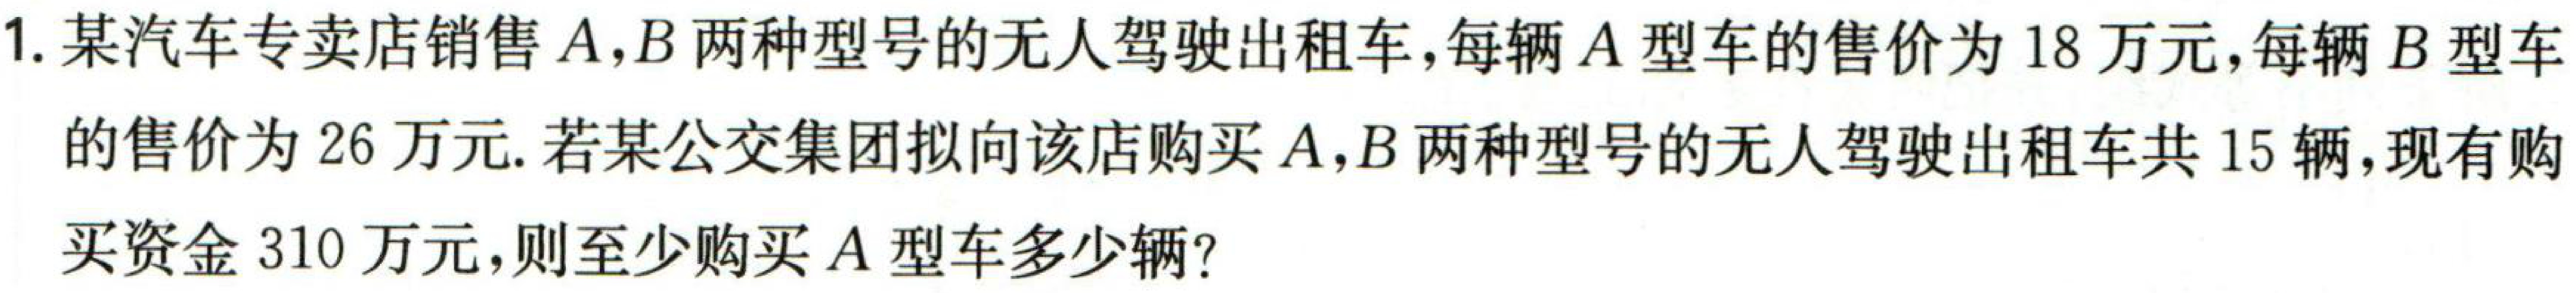
1. 某汽车专卖店销售\(A,B\)两种型号的无人驾驶出租车，每辆\(A\)型车的售价为\(18\)万元，每辆\(B\)型车的售价为\(26\)万元. 若某公交集团拟向该店购买\(A,B\)两种型号的无人驾驶出租车共\(15\)辆，现有购买资金\(310\)万元，则至少购买\(A\)型车多少辆？